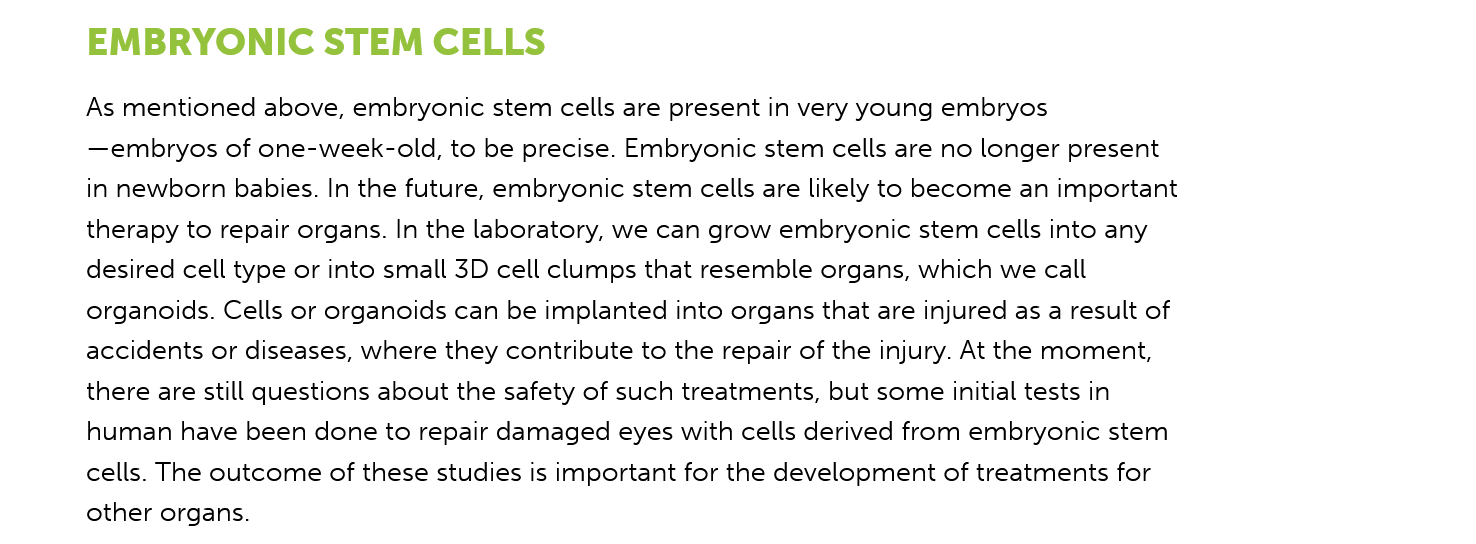
EMBRYONIC    STEM    CELLS
     As mentioned above, embryonic stem cells are present in very young embryos
     —embryos of one-week-old, to be precise. Embryonic stem cells are no longer present
     in newborn babies. In the future, embryonic stem cells are likely to become an important
     therapy to repair organs. In the laboratory, we can grow embryonic stem cells into any
     desired cell type or into small 3D cell clumps that resemble organs, which we call
     organoids. Cells or organoids can be implanted into organs that are injured as a result of
     accidents or diseases, where they contribute to the repair of the injury. At the moment,
     there are still questions about the safety of such treatments, but some initial tests in
     human have been done to repair damaged eyes with cells derived from embryonic stem
     cells. The outcome of these studies is important for the development of treatments for
     other organs.